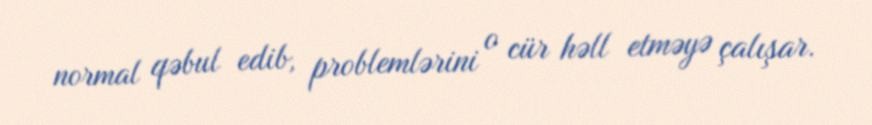
normal qəbul edib, problemlərini o cür həll etməyə çalışar.